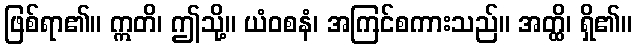
ဖြစ်ရာ၏။ ဣတိ၊ ဤသို့။ ယံဝစနံ၊ အကြင်စကားသည်။ အတ္ထိ၊ ရှိ၏။